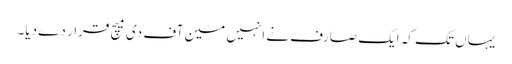
یہاں تک کہ ایک صارف نے انہیں مین آف دی میچ قرار دے دیا۔